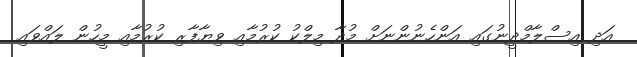
އަދި އިސްލާމްދީނުގައި އަންހެނުންނަށް މުދާ މިލްކު ކުރުމާއި ވިޔާފާރި ކުރުމާއި މީހުން ލައްވައި